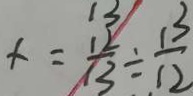
x = \frac { 1 2 } { 1 3 } \div \frac { 1 3 } { 1 2 }